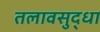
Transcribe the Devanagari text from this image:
तलावसुद्धा